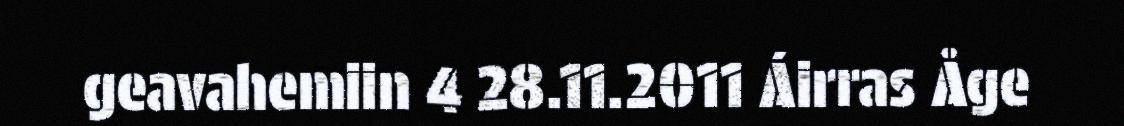
geavahemiin 4 28.11.2011 Áirras Åge